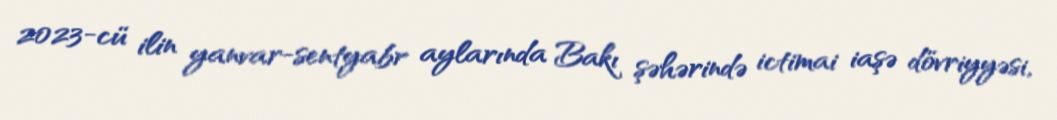
2023-cü ilin yanvar-sentyabr aylarında Bakı şəhərində ictimai iaşə dövriyyəsi,